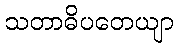
သတာဓိပတေယျာ